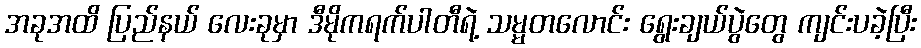
အခုအထိ ပြည်နယ် လေးခုမှာ ဒီမိုကရက်ပါတီရဲ့ သမ္မတလောင်း ရွေးချယ်ပွဲတွေ ကျင်းပခဲ့ပြီး